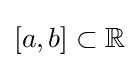
[a,b]\subset \mathbb {R}